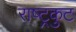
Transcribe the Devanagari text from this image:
राष्‍ट्रकुट